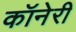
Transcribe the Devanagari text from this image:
कॉनेरी